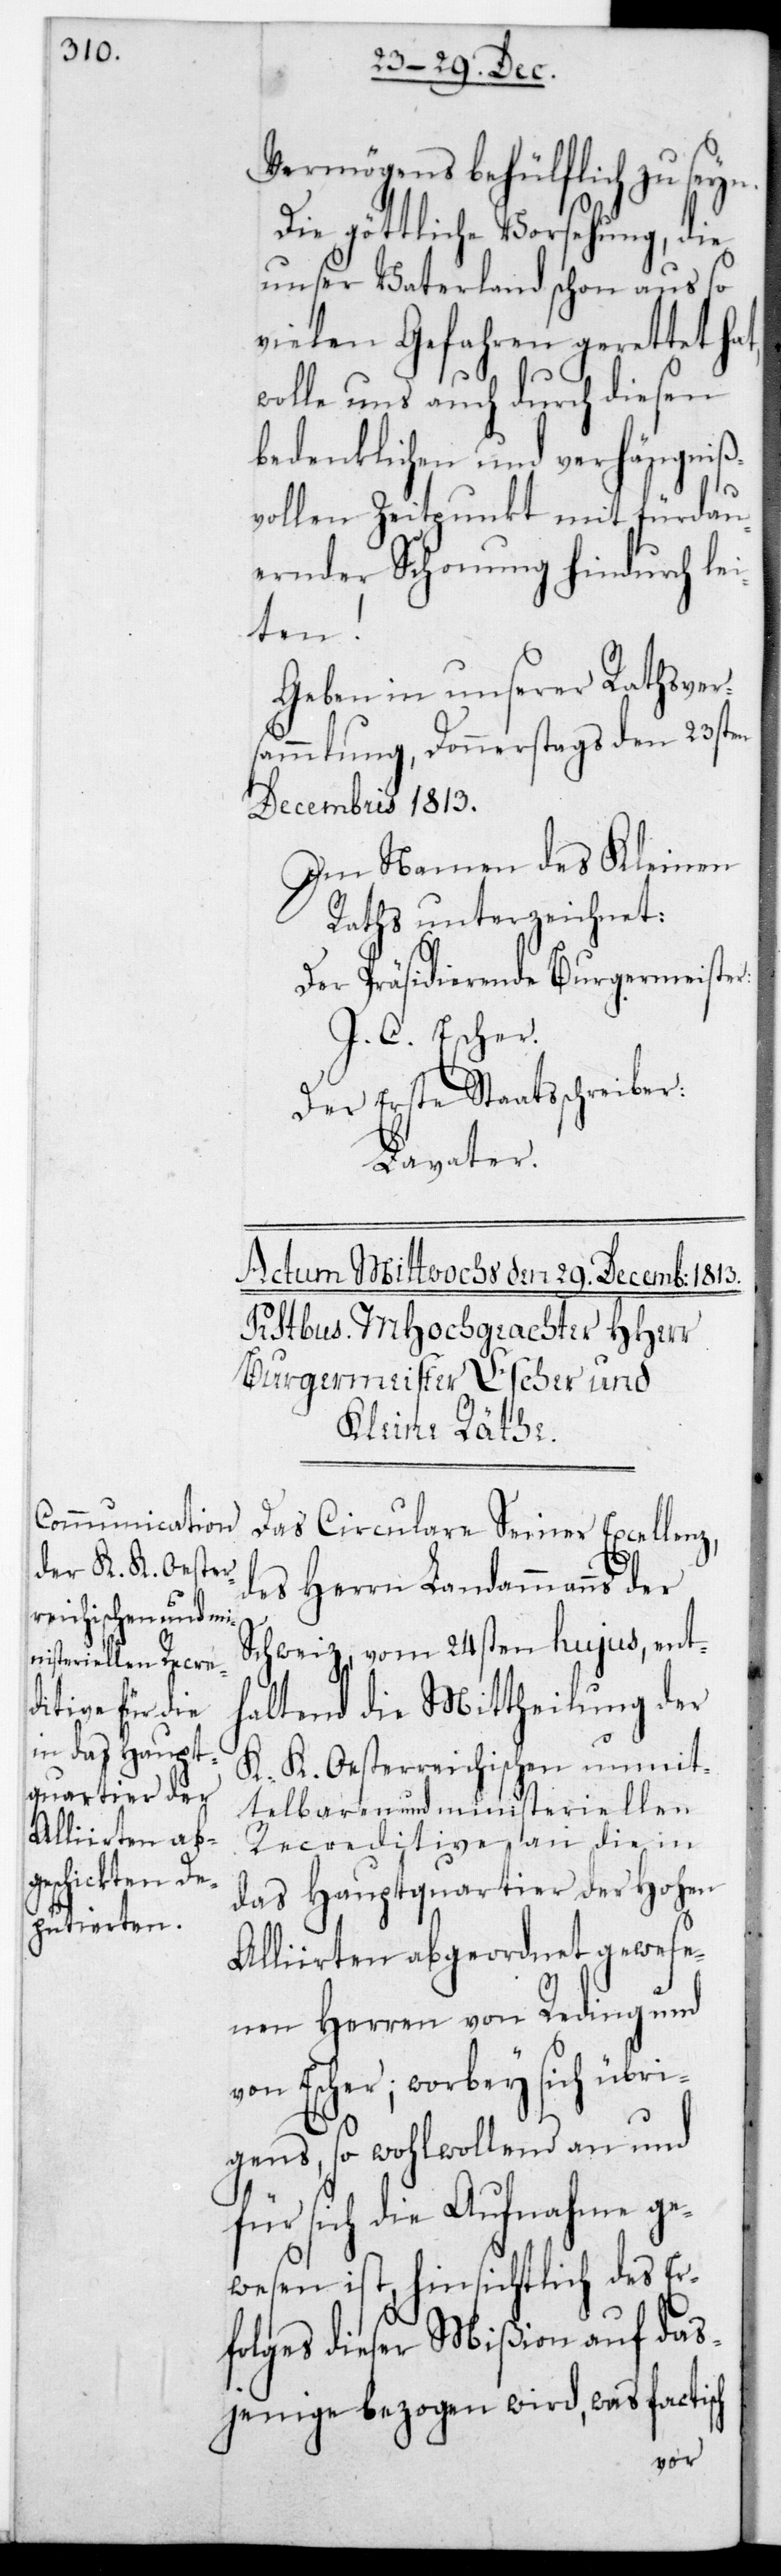
Vermögens behülflich zu
Die göttliche Vorsehung, die
unser Vaterland schon aus so
vielen Gefahren gerettet hat,
wolle uns auch durch diesen
bedenklichen und verhängniß¬
vollen Zeitpunkt mit fürdau¬
ernder Schonung hindurch lei¬
ten!
Geben in unserer Rathsver¬
sammlung, Donnerstags den 23sten
Decembris 1813.
Im Namen des Kleinen
Raths unterzeichnet:
Der Präsidierende Burgermeister.
J. C. Escher.
Der erste Staatsschreiber.
Lavater.
Das Circulare Seiner Excellenz,
des Herrn Landammanns der
Schweiz, vom 24sten hujus, ent¬
haltend die Mittheilung der
K. K. OEsterreichischen unmit¬
telbaren und industriellen
Recreditive an die in
das Hauptquartier der Hohen
Alliirten abgeordnet gewese¬
nen Herren von Reding und
von Escher; worbey sich übri¬
gens, so wohlwollend an und
für sich die Aufnahme ge¬
wesen ist, hinsichtlich des Er¬
folges dieser Mißion auf das¬
jenige bezogen wird, was factisch